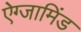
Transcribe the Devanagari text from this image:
ऐग्जामिंड